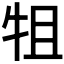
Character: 𭷚